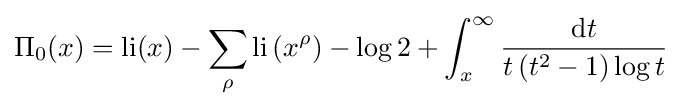
\Pi _{0}(x)=\operatorname {li} (x)-\sum _{\rho }\operatorname {li} \left(x^{\rho }\right)-\log 2+\int _{x}^{\infty }{\frac {\mathrm {d} t}{t\left(t^{2}-1\right)\log t}}